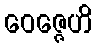
ဝေဇ္ဇေဟိ